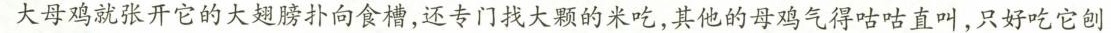
大母鸡就张开它的大翅膀扑向食槽，还专门找大颗的米吃，其他的母鸡气得咕咕直叫，只好吃它刨